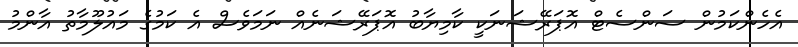
އެހެންކަމުން ސަންސެޓް އޮޕަރޭޝަނަކީ ކާމިޔާބު އޮޕަރޭޝަނެއް ނަމަވެސް އެ ކަމުގެ މައުލޫމާތު އާންމު